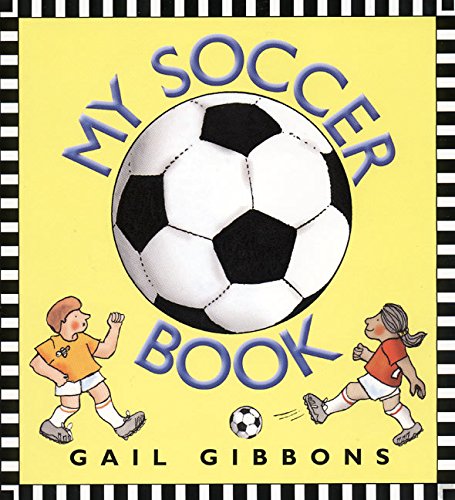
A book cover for My Soccer Book; Gail Gibbons; Children's Books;